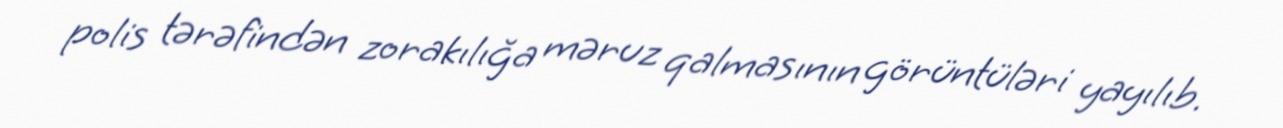
polis tərəfindən zorakılığa məruz qalmasının görüntüləri yayılıb.